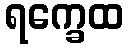
ရက္ခေထ